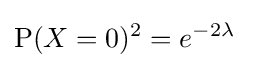
\operatorname {P} (X=0)^{2}=e^{-2\lambda }\quad